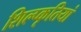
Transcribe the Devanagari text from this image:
शिल्प्कृतियां